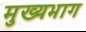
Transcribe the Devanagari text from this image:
मुख्यभाग